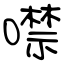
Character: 噤